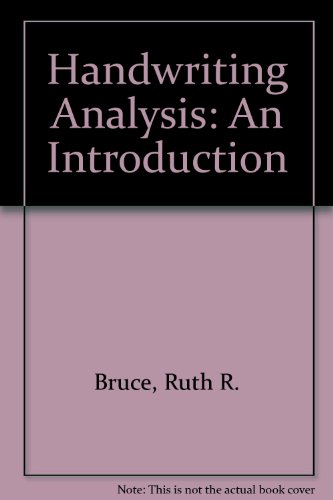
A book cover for Handwriting Analysis: An Introduction; Ruth R. Bruce; Self-Help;